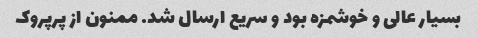
بسیار عالی و خوشمزه بود و سریع ارسال شد. ممنون از پرپروک